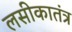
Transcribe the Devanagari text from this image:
लसीकातंत्र